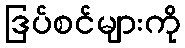
ဒြပ်စင်များကို